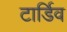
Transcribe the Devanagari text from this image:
टार्डिव